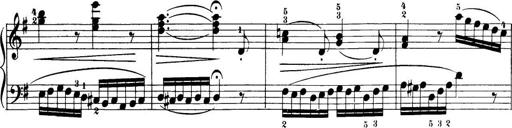
Title: 32 Sonatinas and Rondos for the Piano
Composer: Richard Kleinmichel